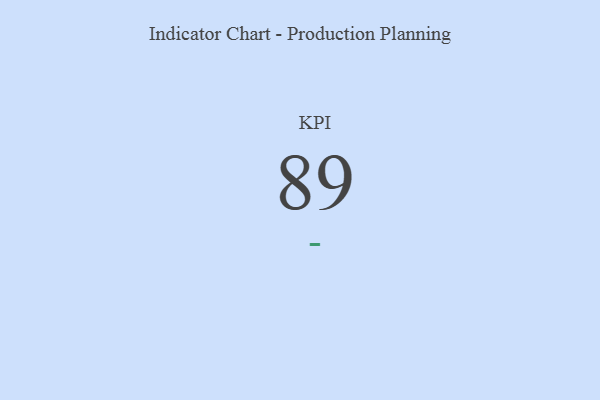
{"axis": {"x": "KPI", "y": "Value"}, "legend": [""], "data": [{"x": "KPI", "y": 89, "type": ""}]}